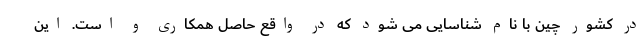
در کشور چین با نام شناسایی می شود که در واقع حاصل همکاری و است. این